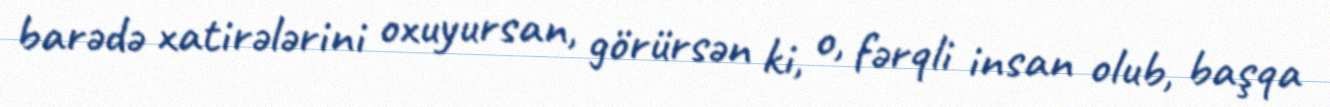
barədə xatirələrini oxuyursan, görürsən ki, o, fərqli insan olub, başqa